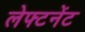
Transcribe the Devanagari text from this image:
लेफ्टनेंट